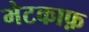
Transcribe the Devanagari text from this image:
मेटकाफ़